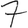
Digit: 7